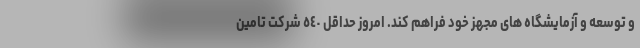
و توسعه و آزمایشگاه های مجهز خود فراهم کند. امروز حداقل ٥٤٠ شرکت تامین